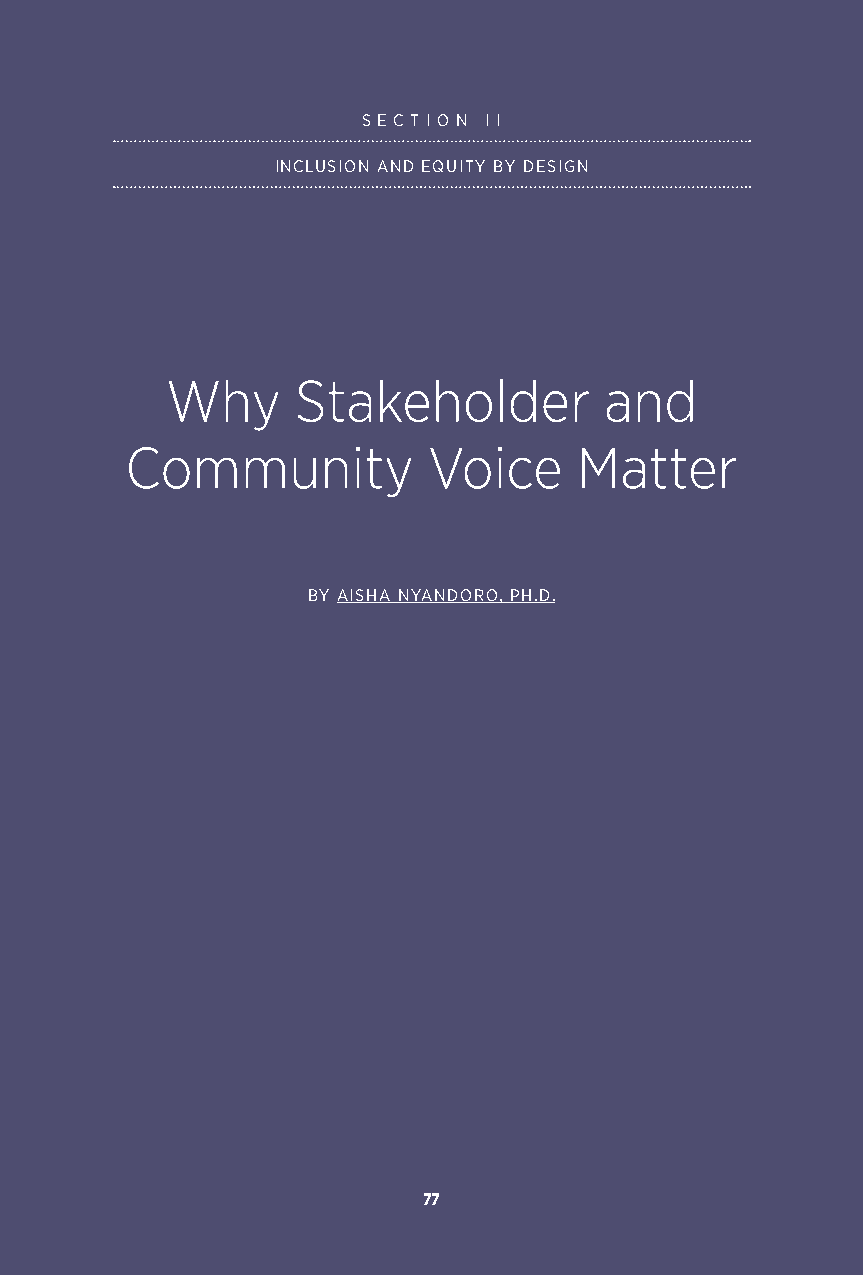
S E C T I O N I I
 INCLUSION AND EQUITY BY DESIGN
 Why      Stakeholder         and
 Community           Voice     Matter
 BY AISHA NYANDORO, PH.D.
 77